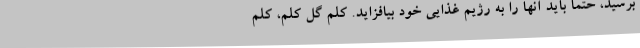
برسید، حتما باید آنها را به رژیم غذایی خود بیافزاید. کلم گل کلم، کلم